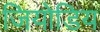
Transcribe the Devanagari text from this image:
जियोडिय